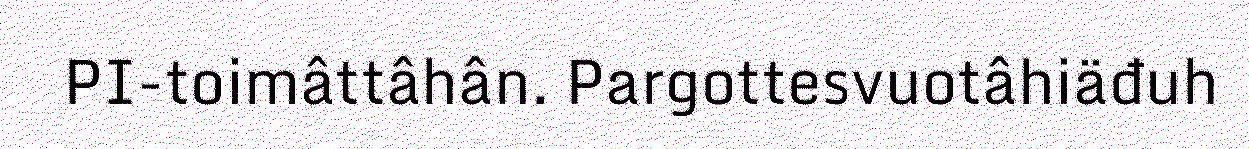
PI-toimâttâhân. Pargottesvuotâhiäđuh